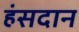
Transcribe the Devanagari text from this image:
हंसदान